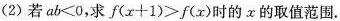
(2)若ab<0，求f(x+1)>f(x)时的x的取值范围。